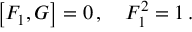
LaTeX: \left[ F _ { 1 } , G \right] = 0 \, , \quad F _ { 1 } ^ { 2 } = 1 \, .